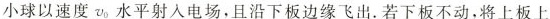
小球以速度v_{0}水平射入电场，且沿下板边缘飞出.若下板不动，将上板上